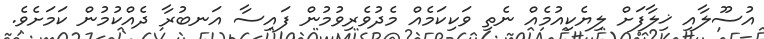
އުސޫލާއި ޚިލާފަށް ލިޔެކިއުމެއް ނެތި ވަކިކަމެއް މެދުވެރިވުމުން ފައިސާ އަނބުރާ ދެއްކުމުން ކަމަށެވެ.